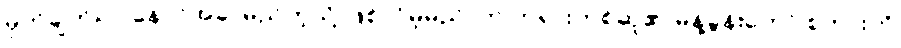
မှတ်ချက်။ ။”နောင်အခါ မည်ကဲ့သို့ ဖြစ်လိမ့်မည်”ဟု ဘုရားတစ်ဆူ၏ မိန့်ခွန်းတော် စကားကို